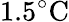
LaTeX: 1.5^{\circ}\mathrm{C}